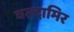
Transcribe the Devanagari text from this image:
वल्दामिर